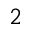
2